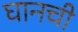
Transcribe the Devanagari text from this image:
घानची